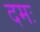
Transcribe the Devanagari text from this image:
दमः